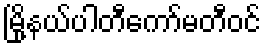
မြို့နယ်ပါတီကော်မတီဝင်